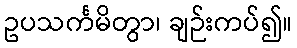
ဥပသင်္ကမိတွာ၊ ချဉ်းကပ်၍။